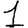
Digit: 1